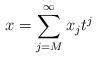
LaTeX: \begin{align*}x = \sum_{j = M}^{\infty} x_j t^j\end{align*}